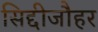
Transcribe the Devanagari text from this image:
सिद्दीजौहर